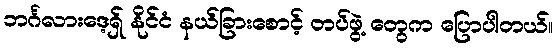
ဘင်္ဂလားဒေ့ရှ် နိုင်ငံ နယ်ခြားစောင့် တပ်ဖွဲ့ တွေက ပြောပါတယ်။